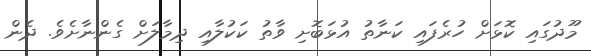
މޫދުގައި ކޮޅަށް ހުރެފައި ކަނާތު އުޅަބޮށި ވާތު ކަކުލާއި ދިމާލަށް ގެންނާށެވެ. ދެން